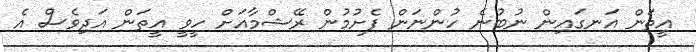
އީތަން އަނގައިން ނުބުނެ ހުންނަން ފެށުމުން ރޭޝްމާއަށް ހީވީ އީތަން އަދިވެސް އެ